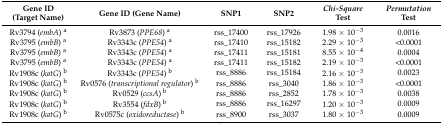
| Gene ID (Target Name) | Gene ID (Gene Name) | SNP1 | SNP2 | Chi-Square Test | Permutation Test |
 | --- | --- | --- | --- | --- | --- |
 | Rv3794 (embA) a | Rv3873 (PPE68) a | rss_17400 | rss_17926 | 1.98 × 10−3 | 0.0016 |
 | Rv3795 (embB) a | Rv3343c (PPE54) a | rss_17410 | rss_15182 | 2.29 × 10−3 | <0.0001 |
 | Rv3795 (embB) a | Rv3343c (PPE54) a | rss_17411 | rss_15181 | 8.55 × 10−4 | 0.0004 |
 | Rv3795 (embB) a | Rv3343c (PPE54) a | rss_17411 | rss_15182 | 2.19 × 10−3 | <0.0001 |
 | Rv1908c (katG) b | Rv3343c (PPE54) b | rss_8886 | rss_15184 | 2.16 × 10−3 | 0.0023 |
 | Rv1908c (katG) b | Rv0576 (transcriptional regulator) b | rss_8886 | rss_3040 | 1.86 × 10−3 | <0.0001 |
 | Rv1908c (katG) b | Rv0529 (ccsA) b | rss_8886 | rss_2852 | 1.78 × 10−3 | 0.0038 |
 | Rv1908c (katG) b | Rv3554 (fdxB) b | rss_8886 | rss_16297 | 1.20 × 10−3 | 0.0009 |
 | Rv1908c (katG) b | Rv0575c (oxidoreductase) b | rss_8900 | rss_3037 | 1.80 × 10−3 | 0.0009 |